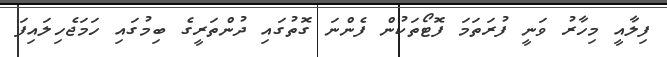
ފިލާއީ މިހާރު ވަނީ ފުރަތަމަ ފޮޓޯތަކުން ފެންނަ ގޮތުގައި ދުންތަރީގެ ބިމުގައި ހަމަޖެހިލައިފަ